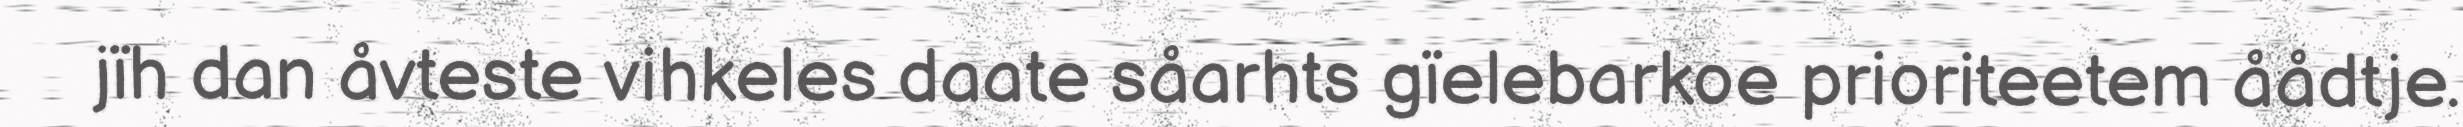
jïh dan åvteste vihkeles daate såarhts gïelebarkoe prioriteetem åådtje.